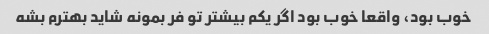
خوب بود، واقعا خوب بود اگر یکم بیشتر تو فر بمونه شاید بهترم بشه